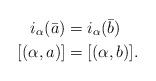
\begin{align*} i_\alpha(\bar{a}) &= i_\alpha(\bar{b}) \\ [(\alpha,a)] &= [(\alpha,b)].\end{align*}